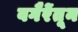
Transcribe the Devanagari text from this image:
वगैरेंतून